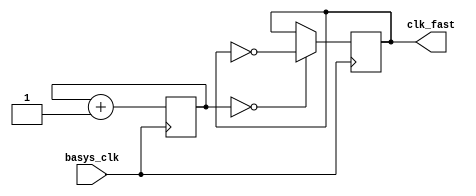
`timescale 1ns / 1ps
//////////////////////////////////////////////////////////////////////////////////
// Company: 
// Engineer: 
// 
// Design Name: 
// Module Name: fast_clock
// Project Name: 
// Target Devices: 
// Tool Versions: 
// Description: 
// 
// Dependencies: 
// 
// Revision:
// Revision 0.01 - File Created
// Additional Comments:
// 
//////////////////////////////////////////////////////////////////////////////////


module fast_clock(
    input basys_clk,
    output reg clk_fast
    );
    
    reg [1:0] count = 0;
        
    always @ (posedge basys_clk)
    begin
        count <= count + 1;
        clk_fast <= (count == 0) ? ~clk_fast : clk_fast;
    end
endmodule